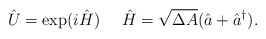
\begin{align*}\hat{U}= \exp (i\hat{H}) \ \ \ \ \hat{H}=\sqrt{\Delta A}(\hat a+\hat a^{\dag}).\end{align*}